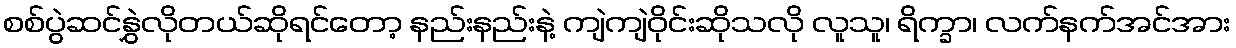
စစ်ပွဲဆင်နွှဲလိုတယ်ဆိုရင်တော့ နည်းနည်းနဲ့ ကျဲကျဲဝိုင်းဆိုသလို လူသူ၊ ရိက္ခာ၊ လက်နက်အင်အား